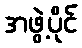
အဖွဲ့ပိုင်